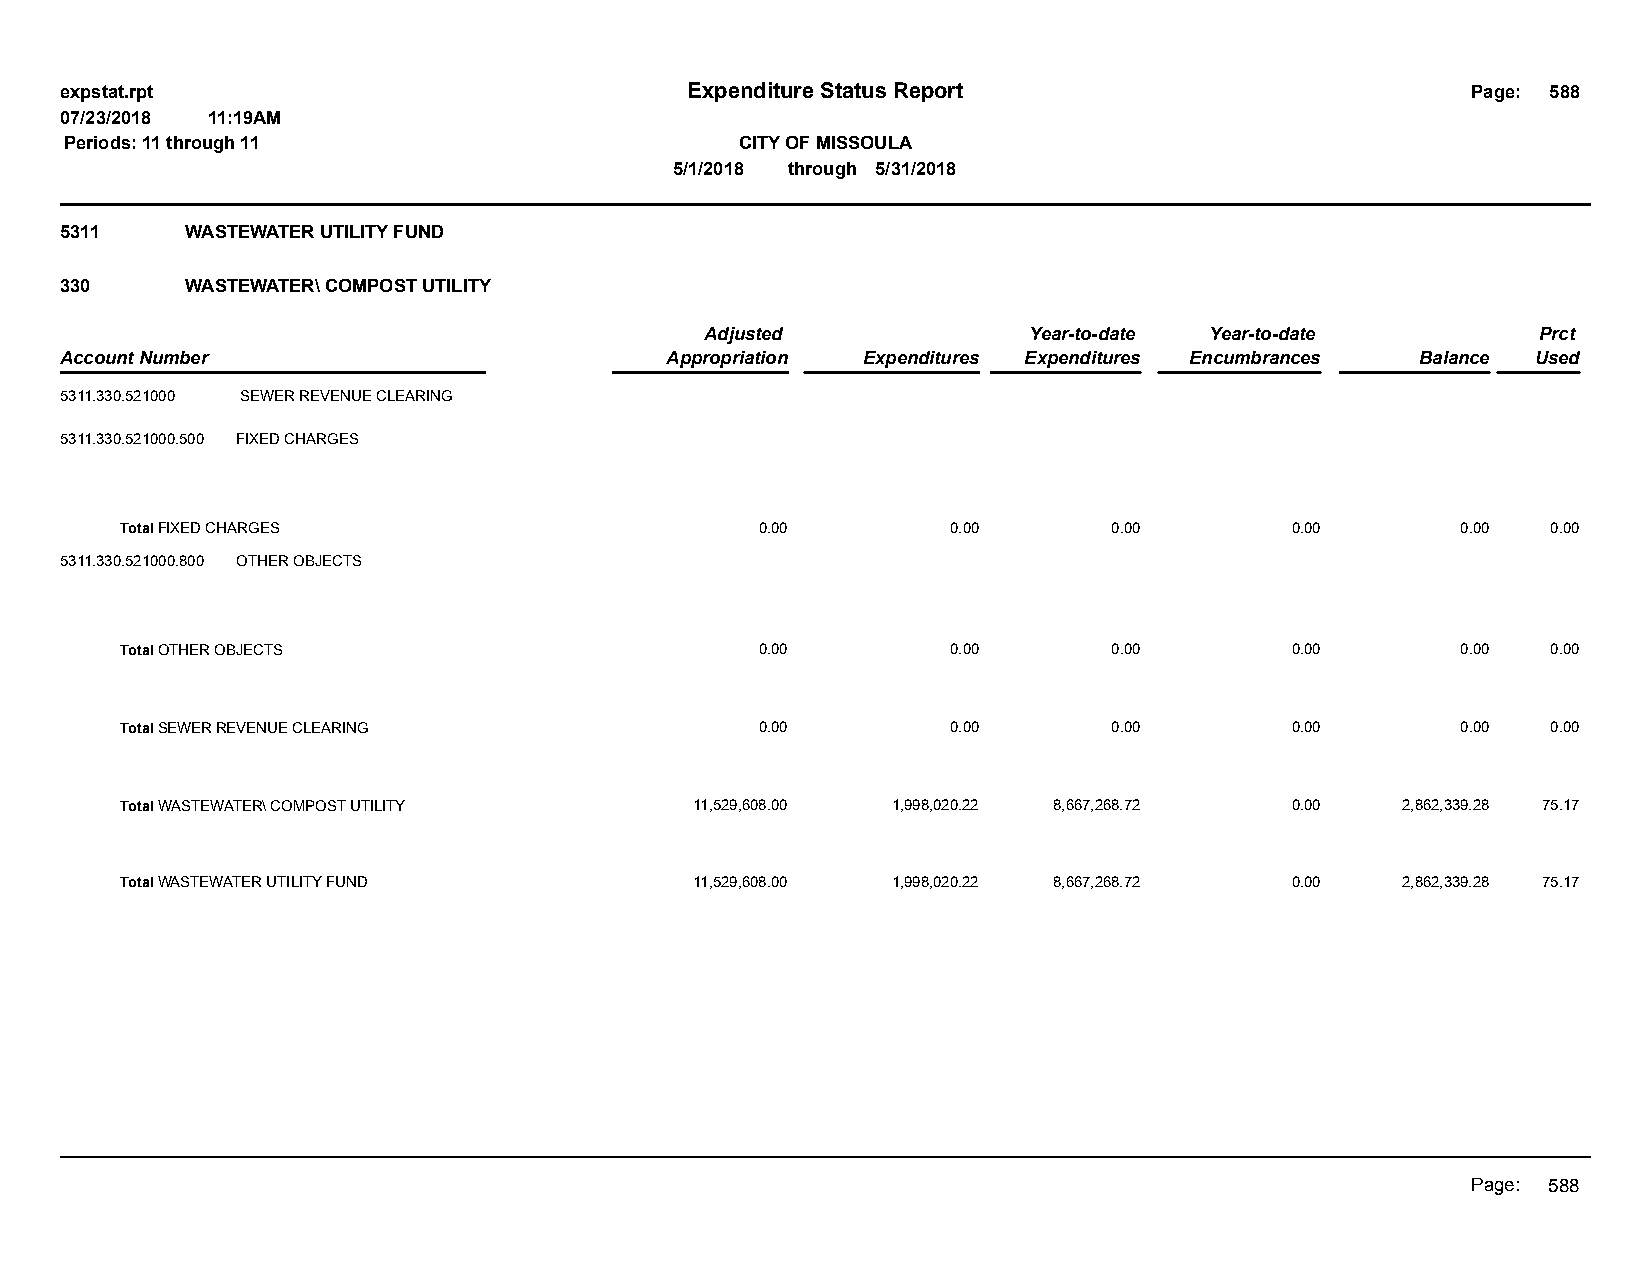
expstat.rpt                              Expenditure Status Report                           Page: 588
 07/23/2018 11:19AM
 Periods: 11 through 11                       CITY OF MISSOULA
 5/1/2018 through 5/31/2018
 5311    WASTEWATER UTILITY FUND
 330     WASTEWATER\ COMPOST UTILITY
 Adjusted             Year-to-date Year-to-date         Prct
 Account Number                          Appropriation Expenditures Expenditures Encumbrances Balance Used
 5311.330.521000 SEWER REVENUE CLEARING
 5311.330.521000.500 FIXED CHARGES
 Total FIXED CHARGES                       0.00         0.00       0.00       0.00        0.00  0.00
 5311.330.521000.800 OTHER OBJECTS
 Total OTHER OBJECTS                       0.00         0.00       0.00       0.00        0.00  0.00
 Total SEWER REVENUE CLEARING              0.00         0.00       0.00       0.00        0.00  0.00
 Total WASTEWATER\ COMPOST UTILITY     11,529,608.00 1,998,020.22 8,667,268.72 0.00   2,862,339.28 75.17
 Total WASTEWATER UTILITY FUND         11,529,608.00 1,998,020.22 8,667,268.72 0.00   2,862,339.28 75.17
 Page: 588